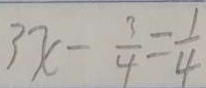
3 x - \frac { 3 } { 4 } = \frac { 1 } { 4 }